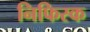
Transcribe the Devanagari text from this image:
निफिस्क